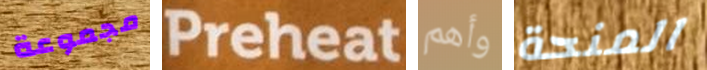
مجموعة Preheat وأهم المنحة